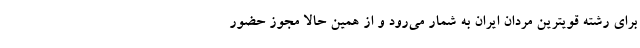
برای رشته قویترین مردان ایران به شمار می‌رود و از همین حالا مجوز حضور